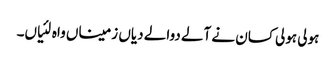
ہولی ہولی کسان نے آلے دوالے دیاں زمیناں واہ لئیاں۔